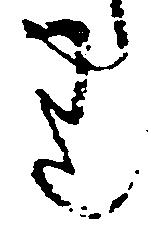
り